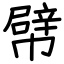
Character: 幦